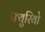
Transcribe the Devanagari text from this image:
फ्युरियो